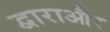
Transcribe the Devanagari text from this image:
द्वाराऔर